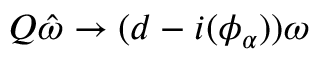
Q \hat { \omega } \to ( d - i ( \phi _ { \alpha } ) ) \omega